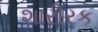
શારીરક